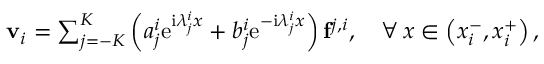
\begin{array} { r } { \mathbf { v } _ { i } = \sum _ { j = - K } ^ { K } \left( a _ { j } ^ { i } \mathrm { e } ^ { \mathrm { i } \lambda _ { j } ^ { i } x } + b _ { j } ^ { i } \mathrm { e } ^ { - \mathrm { i } \lambda _ { j } ^ { i } x } \right) \mathbf { f } ^ { j , i } , \quad \forall \, x \in \left( x _ { i } ^ { - } , x _ { i } ^ { + } \right) , } \end{array}